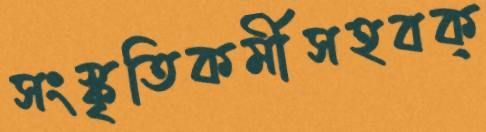
সংস্কৃতিকর্মীসহবক্